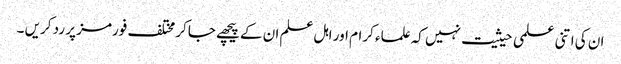
ان کی اتنی علمی حیثیت نہیں کہ علماء کرام اور اہل علم ان کے پیچھے جاکر مختلف فورمز پر رد کریں ۔